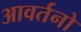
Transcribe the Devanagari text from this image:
आवर्तनो